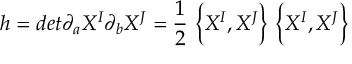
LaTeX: h = d e t \partial _ { a } X ^ { I } \partial _ { b } X ^ { J } = \frac { 1 } { 2 } ~ \biggl \{ X ^ { I } , X ^ { J } \biggr \} ~ \biggl \{ X ^ { I } , X ^ { J } \biggr \}